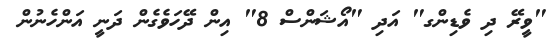
"ވީރޭ ދި ވެޑިންގ" އަދި "އޯޝަންސް 8" އިން ދޭހަވެގެން ދަނީ އަންހެނުން